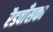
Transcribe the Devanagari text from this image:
रैडवाँसका